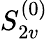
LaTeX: S_{2v}^{(0)}